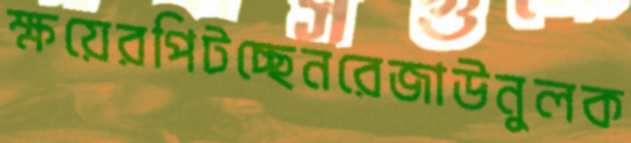
ক্ষয়েরপিটচ্ছেনরেজাউনুলক